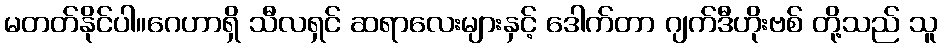
မတတ်နိုင်ပါ။ဂေဟာရှိ သီလရှင် ဆရာလေးများနှင့် ဒေါက်တာ ဂျက်ဒီဟိုးဗစ် တို့သည် သူ